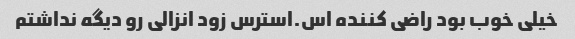
خیلی خوب بود راضی کننده اس.استرس زود انزالی رو دیگه نداشتم